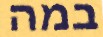
במה